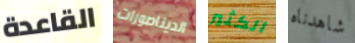
القاعدة الديناصورات الكثير شاهدناه